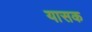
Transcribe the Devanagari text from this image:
यासक